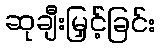
ဆုချီးမြှင့်ခြင်း